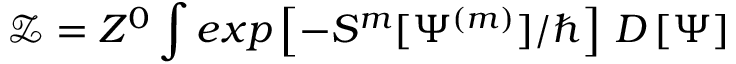
\mathcal { Z } = Z ^ { 0 } \int e x p \left[ - S ^ { m } [ \Psi ^ { ( m ) } ] / \hbar \right] \, D \left[ \Psi \right]